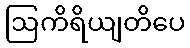
ဩကိရိယျတိပေ